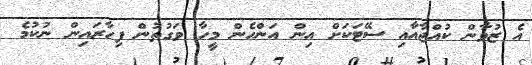
އެ ޒުވާން ކުއްޖާއާއި ސޭޓަކަށް އިން އަންހެން މީހާ ވަގުތުން ފިހާރައިން ނުކުމެ